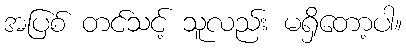
အပြစ် တင်သင့် သူလည်း မရှိတော့ပါ။